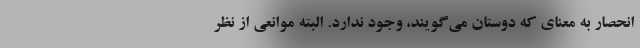
انحصار به معنای که دوستان می‌گویند، وجود ندارد. البته موانعی از نظر